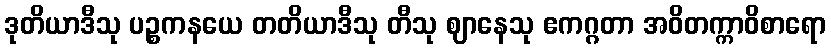
ဒုတိယာဒီသု ပဉ္စကနယေ တတိယာဒီသု တီသု ဈာနေသု ဧကဂ္ဂတာ အဝိတက္ကာဝိစာရော